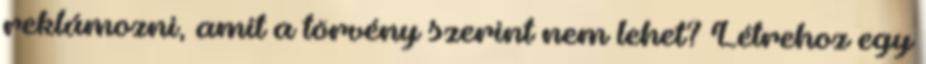
reklámozni, amit a törvény szerint nem lehet? Létrehoz egy